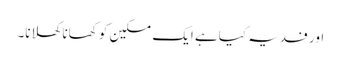
اور فدیہ کیاہے ایک مسکین کو کھانا کھلانا۔